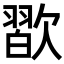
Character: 𣤊